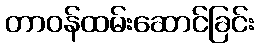
တာဝန်ထမ်းဆောင်ခြင်း